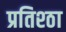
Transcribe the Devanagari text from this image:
प्रतिश्ठा